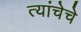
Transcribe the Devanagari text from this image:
त्यांचेचे